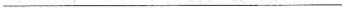
___